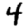
Digit: 4